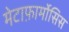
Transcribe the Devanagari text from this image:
मेटाफ़ार्मोसिस